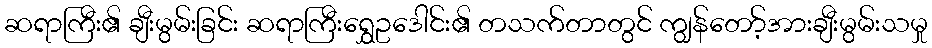
ဆရာကြီး၏ ချီးမွမ်းခြင်း ဆရာကြီးရွှေဥဒေါင်း၏ တသက်တာတွင် ကျွန်တော့်အားချီးမွမ်းသမှု